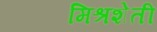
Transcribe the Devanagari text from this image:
मिश्रशेती